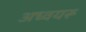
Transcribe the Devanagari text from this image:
अध्वयरू